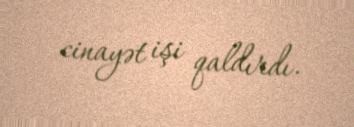
cinayət işi qaldırdı.